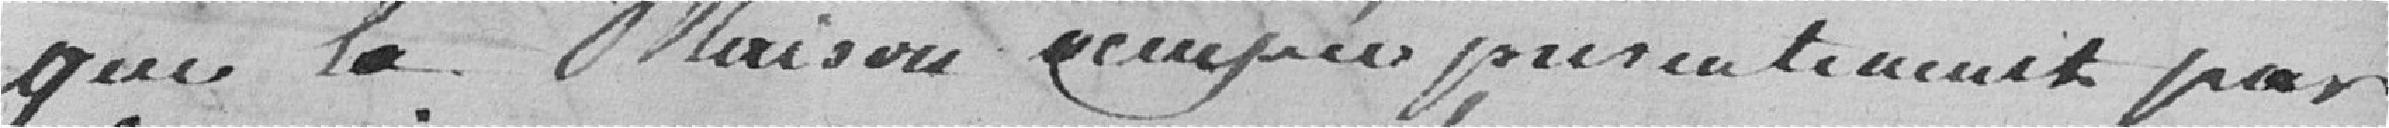
que la Maison occupée présentement par